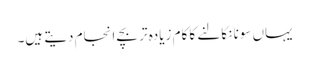
یہاں سونا نکالنے کا کام زیادہ تر بچے انجام دیتے ہیں۔